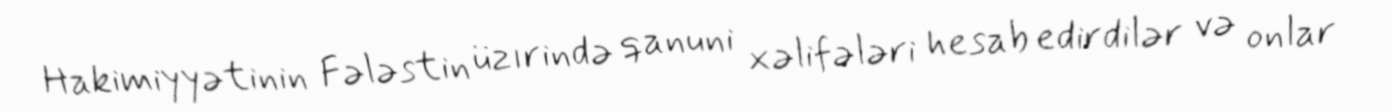
Hakimiyyətinin Fələstin üzırində qanuni xəlifələri hesab edirdilər və onlar